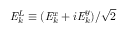
\mathit { { E } } _ { k } ^ { L } \equiv ( \mathit { { E } } _ { k } ^ { x } + i \mathit { { E } } _ { k } ^ { y } ) / \sqrt { 2 }